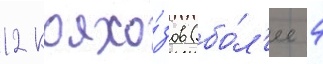
12 колхо́зов (бо́л'ее 4